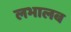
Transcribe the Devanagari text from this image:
लभालब